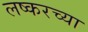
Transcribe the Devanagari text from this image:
लष्करच्या